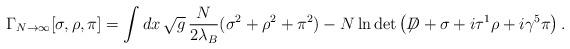
LaTeX: \begin{align*}\Gamma_{N \rightarrow \infty} [\sigma,\rho, \pi] = \int dx \,\sqrt{g} \, \frac{N}{2\lambda_B} (\sigma^2 + \rho^2+ \pi^2 ) -N \ln \det \left( \not{\!\! D} + \sigma + i \tau^1\rho + i\gamma^5\pi \right).\end{align*}